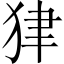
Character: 𤝽